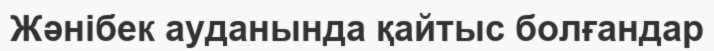
Жәнібек ауданында қайтыс болғандар